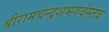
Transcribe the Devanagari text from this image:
श्रीरामचन्द्रशभगवंस्तव